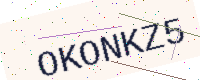
Text: OKONKZ5